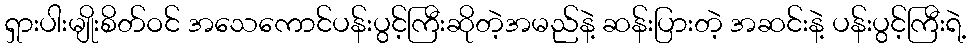
ရှားပါးမျိုးစိတ်ဝင် အသေကောင်ပန်းပွင့်ကြီးဆိုတဲ့အမည်နဲ့ ဆန်းပြားတဲ့ အဆင်းနဲ့ ပန်းပွင့်ကြီးရဲ့